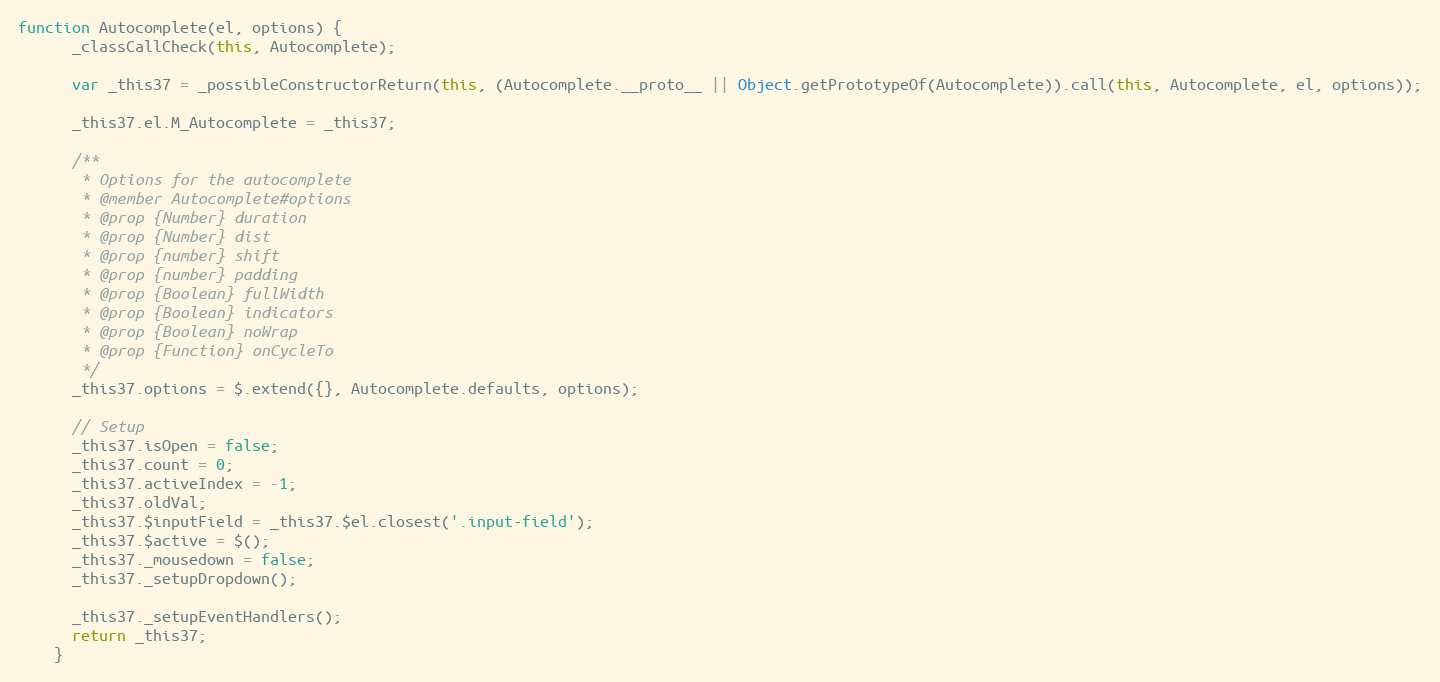
Language: JavaScript
function Autocomplete(el, options) {
      _classCallCheck(this, Autocomplete);

      var _this37 = _possibleConstructorReturn(this, (Autocomplete.__proto__ || Object.getPrototypeOf(Autocomplete)).call(this, Autocomplete, el, options));

      _this37.el.M_Autocomplete = _this37;

      /**
       * Options for the autocomplete
       * @member Autocomplete#options
       * @prop {Number} duration
       * @prop {Number} dist
       * @prop {number} shift
       * @prop {number} padding
       * @prop {Boolean} fullWidth
       * @prop {Boolean} indicators
       * @prop {Boolean} noWrap
       * @prop {Function} onCycleTo
       */
      _this37.options = $.extend({}, Autocomplete.defaults, options);

      // Setup
      _this37.isOpen = false;
      _this37.count = 0;
      _this37.activeIndex = -1;
      _this37.oldVal;
      _this37.$inputField = _this37.$el.closest('.input-field');
      _this37.$active = $();
      _this37._mousedown = false;
      _this37._setupDropdown();

      _this37._setupEventHandlers();
      return _this37;
    }